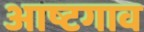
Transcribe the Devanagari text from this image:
आष्टगाव